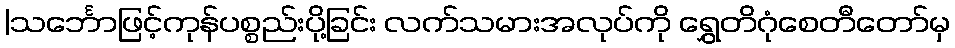
|သင်္ဘောဖြင့်ကုန်ပစ္စည်းပို့ခြင်း လက်သမားအလုပ်ကို ရွှေတိဂုံစေတီတော်မှ